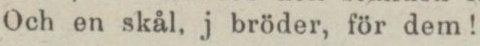
Och en skål, j bröder, för dem!